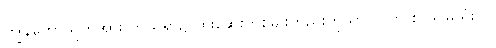
ကျွန်တော်သူတို့အား ကုသရာ၌ ထိုးဆေးတစ်မျိုးတည်းကိုသာ လက် စွဲပြု၍မသုံးပါ။